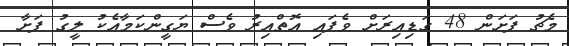
މެޗު ފަށަން 48 ގަޑިއިރަށް ވެފައި އޮތްއިރު ވެސް ޔަގީންކަމާއެކު ލީގު ފަށާ